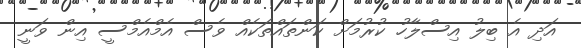
އަދި އެ ބިލު އިސްލާހު ކުރުމަށް ކަންތައްތަކެއް ވެސް އެމްއެމްސީ އިން ވަނީ